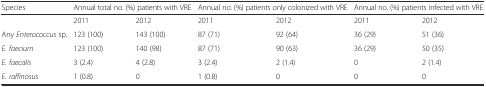
| Species | <COLSPAN=2> Annual total no. (%) patients with VRE | <COLSPAN=2> Annual no. (%) patients only colonized with VRE | <COLSPAN=2> Annual no. (%) patients infected with VRE |
 | --- | --- | --- | --- | --- | --- | --- |
 |  | 2011 | 2012 | 2011 | 2012 | 2011 | 2012 |
 | Any Enterococcus sp. | 123 (100) | 143 (100) | 87 (71) | 92 (64) | 36 (29) | 51 (36) |
 | E. faecium | 123 (100) | 140 (98) | 87 (71) | 90 (63) | 36 (29) | 50 (35) |
 | E. faecalis | 3 (2.4) | 4 (2.8) | 3 (2.4) | 2 (1.4) | 0 | 2 (1.4) |
 | E. raffinosus | 1 (0.8) | 0 | 1 (0.8) | 0 | 0 | 0 |